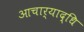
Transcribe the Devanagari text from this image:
आचार्याद्धि